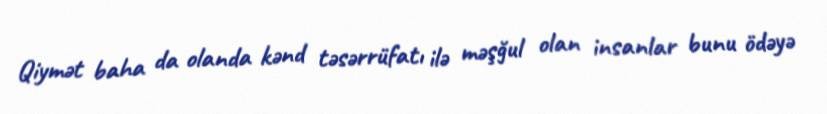
Qiymət baha da olanda kənd təsərrüfatı ilə məşğul olan insanlar bunu ödəyə